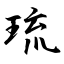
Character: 琉